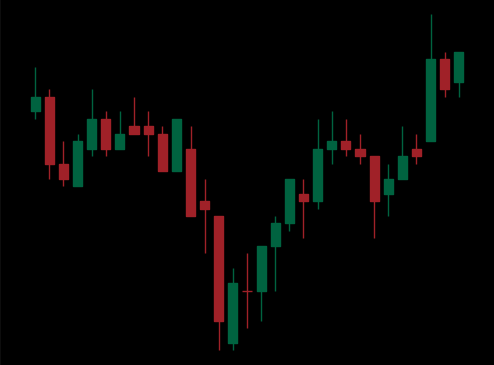
Pattern: inverse_head_shoulders